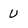
Character: U